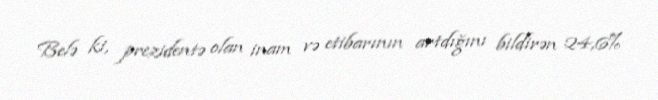
Belə ki, prezidentə olan inam və etibarının artdığını bildirən 24,6%